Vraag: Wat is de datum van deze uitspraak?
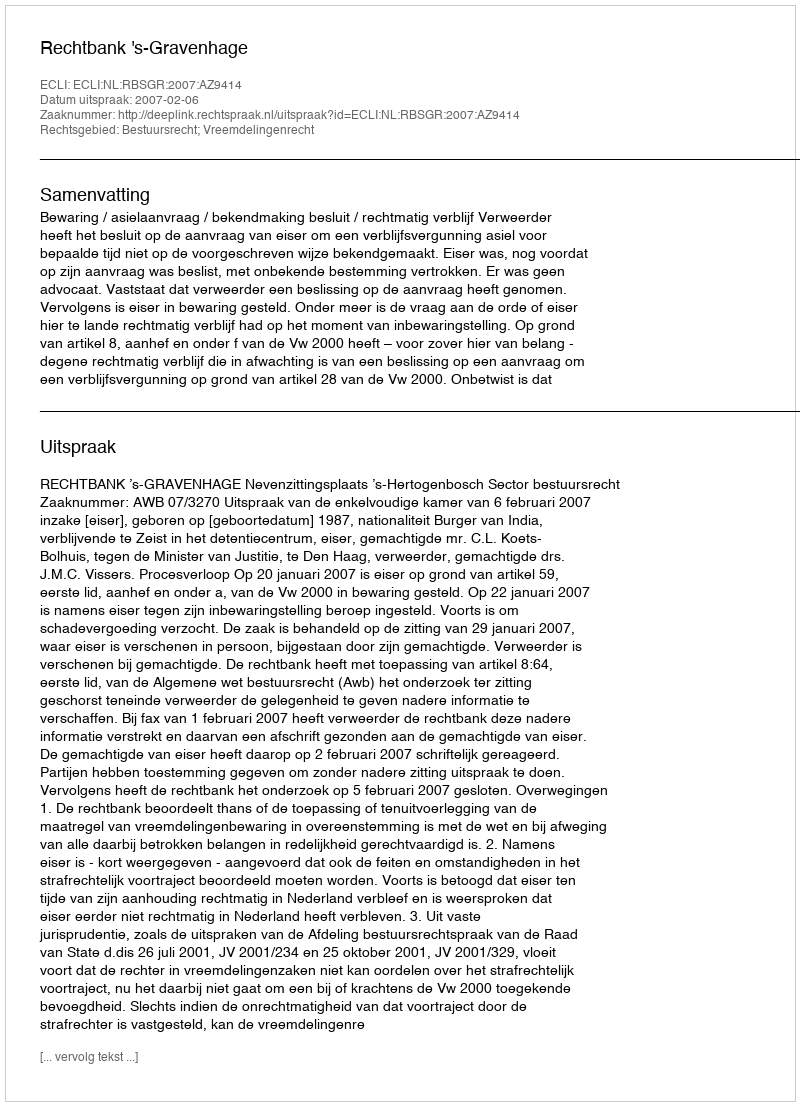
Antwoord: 2007-02-06